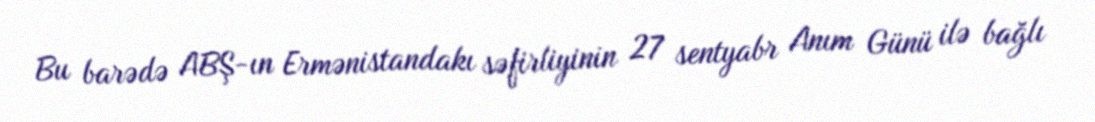
Bu barədə ABŞ-ın Ermənistandakı səfirliyinin 27 sentyabr Anım Günü ilə bağlı